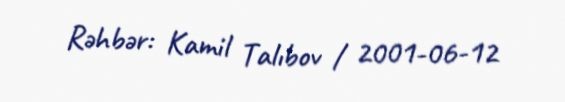
Rəhbər: Kamil Talıbov / 2001-06-12